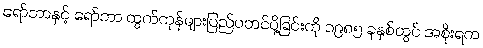
ရော်ဘာနှင့် ရော်ဘာ ထွက်ကုန်များပြည်ပတင်ပို့ခြင်းကို ၁၉၈၅ ခုနှစ်တွင် အစိုးရက